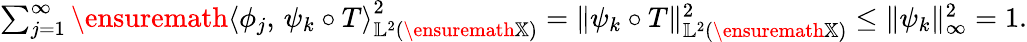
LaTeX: \begin{array}{r}{\sum_{j=1}^{\infty}\ensuremath{\langle\phi_{j},\, \psi_{k}\circ T\rangle}_{\mathbb{L}^{2}(\ensuremath{\mathbb{X}})}^{2}=\| \psi_{k}\circ T\| _{\mathbb{L}^{2}(\ensuremath{\mathbb{X}})}^{2}\leq\| \psi_{k}\| _{\infty}^{2}=1.}\end{array}